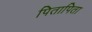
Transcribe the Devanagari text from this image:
पितापिता